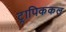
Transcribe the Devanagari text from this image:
ट्रापिककल